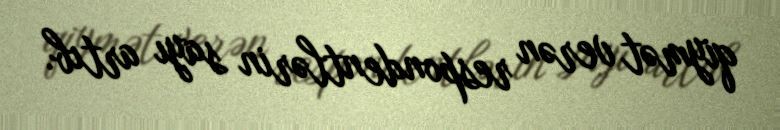
qiymət verən respondentlərin sayı artıb.